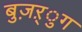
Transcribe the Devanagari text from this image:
बुज़ऱ्ुग